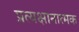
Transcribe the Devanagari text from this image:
प्रत्यक्षानात्मक